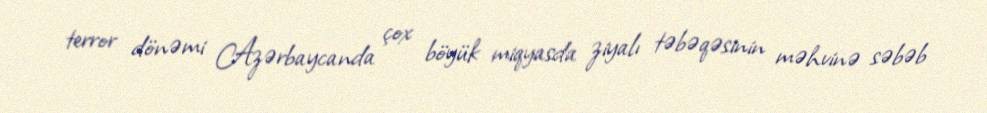
terror dönəmi Azərbaycanda çox böyük miqyasda ziyalı təbəqəsinin məhvinə səbəb